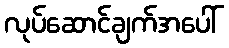
လုပ်ဆောင်ချက်အပေါ်